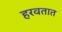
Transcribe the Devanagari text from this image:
हरवतात